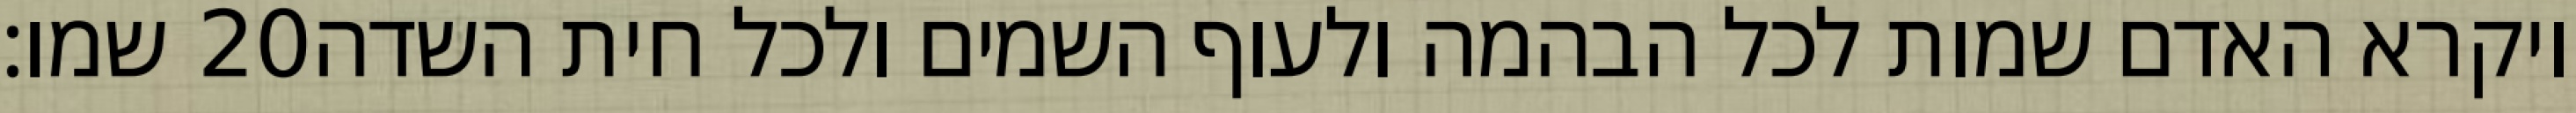
שמו׃ ‎20‏ ויקרא האדם שמות לכל הבהמה ולעוף השמים ולכל חית השדה